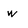
Character: w